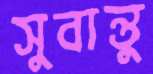
সুবান্তু